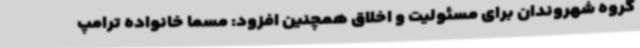
گروه شهروندان برای مسئولیت و اخلاق همچنین افزود: مسما خانواده ترامپ